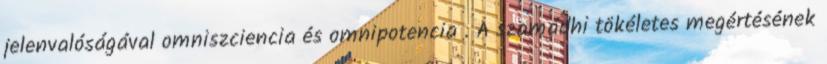
jelenvalóságával omniszciencia és omnipotencia . A szamádhi tökéletes megértésének